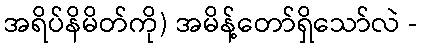
အရိပ်နိမိတ်ကို) အမိန့်တော်ရှိသော်လဲ -